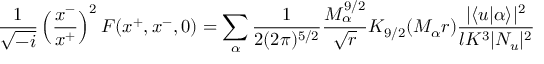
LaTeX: \frac { 1 } { \sqrt { - i } } \left( \frac { x ^ { - } } { x ^ { + } } \right) ^ { 2 } F ( x ^ { + } , x ^ { - } , 0 ) = \sum _ { \alpha } \frac { 1 } { 2 ( 2 \pi ) ^ { 5 / 2 } } \frac { M _ { \alpha } ^ { 9 / 2 } } { \sqrt { r } } K _ { 9 / 2 } ( M _ { \alpha } r ) \frac { | \langle u | \alpha \rangle | ^ { 2 } } { l K ^ { 3 } | N _ { u } | ^ { 2 } }